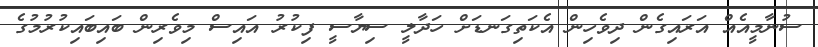
ސުނާމީއެއް އަރައިގެން ދިވެހިން އެކަތިގަނޑަށް ހަދާލީ ސިޔާސީ ފިކުރު އައިސް މިވެރިން ބައިބައިކުރުމުގެ